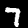
Label: 7